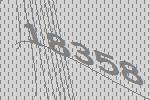
18358